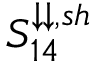
S _ { 1 4 } ^ { \downarrow \downarrow , s h }